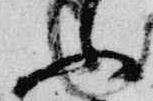
ふ